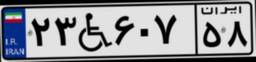
۲۳W۶۰۷۵۸